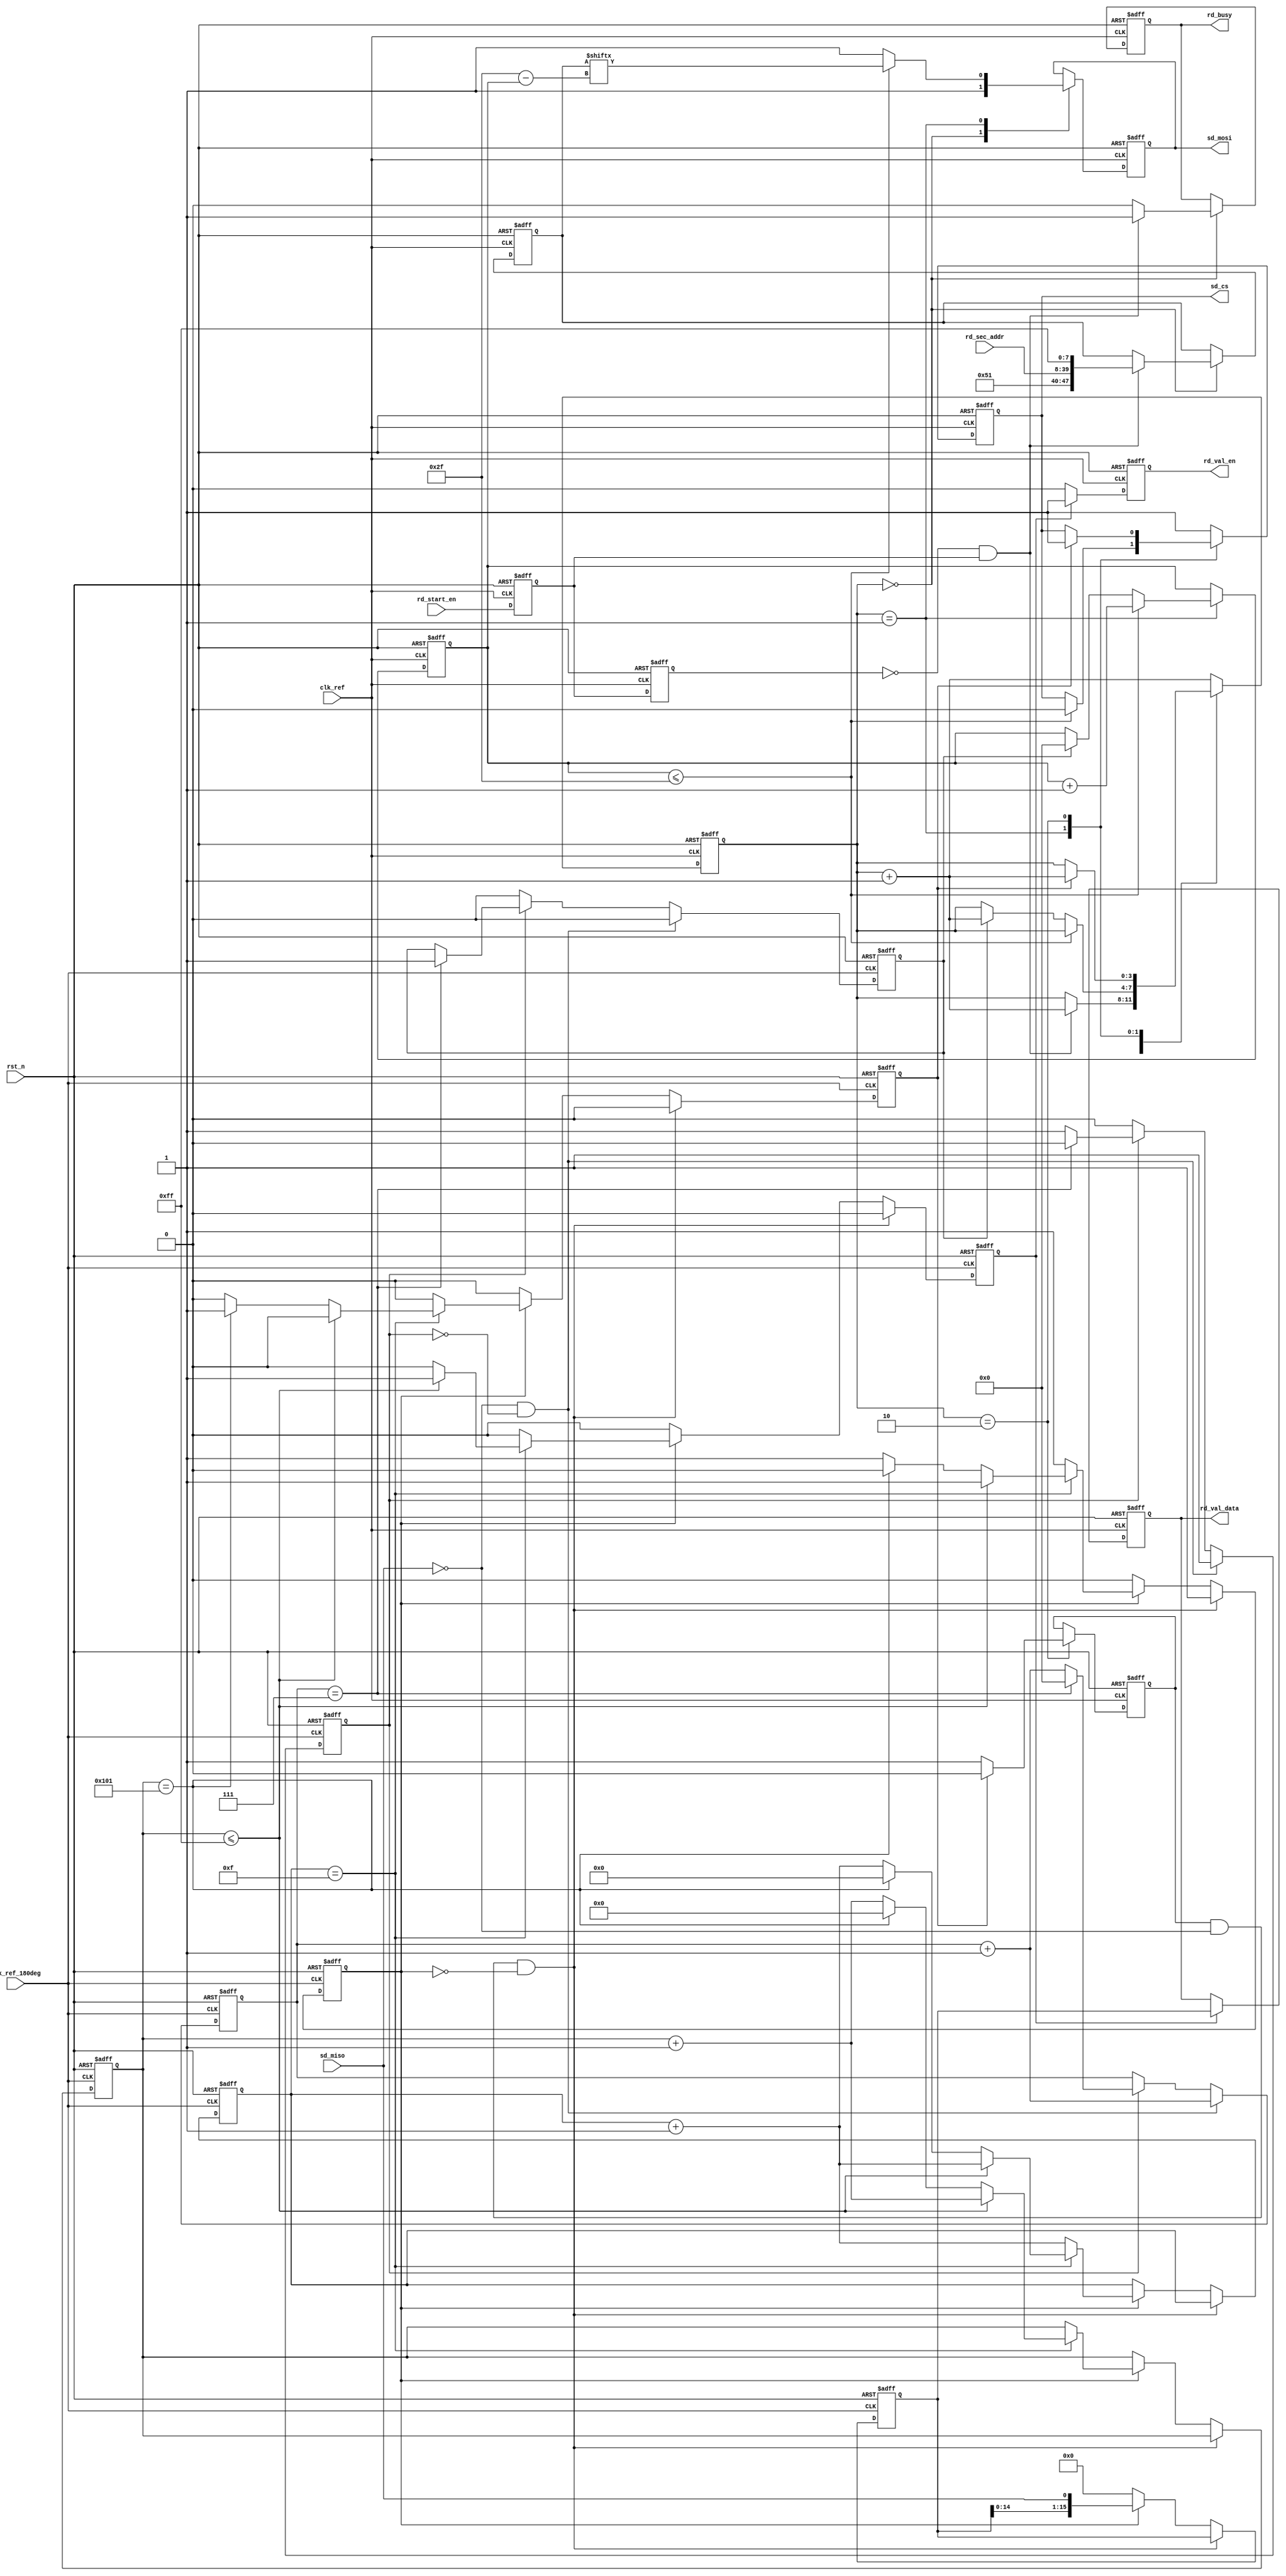
module sd_read(
    input                clk_ref       ,  //
    input                clk_ref_180deg,  //,clk_ref180
    input                rst_n         ,  //,
    //SD
    input                sd_miso       ,  //SDSPI
    output  reg          sd_cs         ,  //SDSPI
    output  reg          sd_mosi       ,  //SDSPI
    //    
    input                rd_start_en   ,  //SD
    input        [31:0]  rd_sec_addr   ,  //                        
    output  reg          rd_busy       ,  //
    output  reg          rd_val_en     ,  //
    output  reg  [15:0]  rd_val_data      //
    );

//reg define
reg            rd_en_d0      ;            //rd_start_en
reg            rd_en_d1      ;                                
reg            res_en        ;            //SD      
reg    [7:0]   res_data      ;            //SD                  
reg            res_flag      ;            //            
reg    [5:0]   res_bit_cnt   ;            //                  
                             
reg            rx_en_t       ;            //SD
reg    [15:0]  rx_data_t     ;            //SD
reg            rx_flag       ;            //
reg    [3:0]   rx_bit_cnt    ;            //
reg    [8:0]   rx_data_cnt   ;            //
reg            rx_finish_en  ;            //
                             
reg    [3:0]   rd_ctrl_cnt   ;            //
reg    [47:0]  cmd_rd        ;            //
reg    [5:0]   cmd_bit_cnt   ;            //
reg            rd_data_flag  ;            //

//wire define
wire           pos_rd_en     ;            //SD

//*****************************************************
//**                    main code
//*****************************************************

assign  pos_rd_en = (~rd_en_d1) & rd_en_d0;

//rd_start_en
always @(posedge clk_ref or negedge rst_n) begin
    if(!rst_n) begin
        rd_en_d0 <= 1'b0;
        rd_en_d1 <= 1'b0;
    end    
    else begin
        rd_en_d0 <= rd_start_en;
        rd_en_d1 <= rd_en_d0;
    end        
end  

//sd
//clk_ref_180deg(sd_clk)
always @(posedge clk_ref_180deg or negedge rst_n) begin
    if(!rst_n) begin
        res_en <= 1'b0;
        res_data <= 8'd0;
        res_flag <= 1'b0;
        res_bit_cnt <= 6'd0;
    end    
    else begin
        //sd_miso = 0 
        if(sd_miso == 1'b0 && res_flag == 1'b0) begin
            res_flag <= 1'b1;
            res_data <= {res_data[6:0],sd_miso};
            res_bit_cnt <= res_bit_cnt + 6'd1;
            res_en <= 1'b0;
        end    
        else if(res_flag) begin
            res_data <= {res_data[6:0],sd_miso};
            res_bit_cnt <= res_bit_cnt + 6'd1;
            if(res_bit_cnt == 6'd7) begin
                res_flag <= 1'b0;
                res_bit_cnt <= 6'd0;
                res_en <= 1'b1; 
            end                
        end  
        else
            res_en <= 1'b0;        
    end
end 

//SD
//clk_ref_180deg(sd_clk)
always @(posedge clk_ref_180deg or negedge rst_n) begin
    if(!rst_n) begin
        rx_en_t <= 1'b0;
        rx_data_t <= 16'd0;
        rx_flag <= 1'b0;
        rx_bit_cnt <= 4'd0;
        rx_data_cnt <= 9'd0;
        rx_finish_en <= 1'b0;
    end    
    else begin
        rx_en_t <= 1'b0; 
        rx_finish_en <= 1'b0;
        //0xfe 8'b1111_11100
        if(rd_data_flag && sd_miso == 1'b0 && rx_flag == 1'b0)    
            rx_flag <= 1'b1;   
        else if(rx_flag) begin
            rx_bit_cnt <= rx_bit_cnt + 4'd1;
            rx_data_t <= {rx_data_t[14:0],sd_miso};
            if(rx_bit_cnt == 4'd15) begin 
                rx_data_cnt <= rx_data_cnt + 9'd1;
                //BLOCK512 = 256 * 16bit 
                if(rx_data_cnt <= 9'd255)                        
                    rx_en_t <= 1'b1;  
                else if(rx_data_cnt == 9'd257) begin   //CRC
                    rx_flag <= 1'b0;
                    rx_finish_en <= 1'b1;              //
                    rx_data_cnt <= 9'd0;               
                    rx_bit_cnt <= 4'd0;
                end    
            end                
        end       
        else
            rx_data_t <= 16'd0;
    end    
end    

//
always @(posedge clk_ref or negedge rst_n) begin
    if(!rst_n) begin
        rd_val_en <= 1'b0;
        rd_val_data <= 16'd0;
    end
    else begin
        if(rx_en_t) begin
            rd_val_en <= 1'b1;
            rd_val_data <= rx_data_t;
        end    
        else
            rd_val_en <= 1'b0;
    end
end              

//
always @(posedge clk_ref or negedge rst_n) begin
    if(!rst_n) begin
        sd_cs <= 1'b1;
        sd_mosi <= 1'b1;        
        rd_ctrl_cnt <= 4'd0;
        cmd_rd <= 48'd0;
        cmd_bit_cnt <= 6'd0;
        rd_busy <= 1'b0;
        rd_data_flag <= 1'b0;
    end   
    else begin
        case(rd_ctrl_cnt)
            4'd0 : begin
                rd_busy <= 1'b0;
                sd_cs <= 1'b1;
                sd_mosi <= 1'b1;
                if(pos_rd_en) begin
                    cmd_rd <= {8'h51,rd_sec_addr,8'hff};    //CMD17
                    rd_ctrl_cnt <= rd_ctrl_cnt + 4'd1;      //1
                    //,
                    rd_busy <= 1'b1;                      
                end    
            end
            4'd1 : begin
                if(cmd_bit_cnt <= 6'd47) begin              //
                    cmd_bit_cnt <= cmd_bit_cnt + 6'd1;
                    sd_cs <= 1'b0;
                    sd_mosi <= cmd_rd[6'd47 - cmd_bit_cnt]; //
                end    
                else begin                                  
                    sd_mosi <= 1'b1;
                    if(res_en) begin                        //SD
                        rd_ctrl_cnt <= rd_ctrl_cnt + 4'd1;  //1 
                        cmd_bit_cnt <= 6'd0;
                    end    
                end    
            end    
            4'd2 : begin
                //rd_data_flag,
                rd_data_flag <= 1'b1;                       
                if(rx_finish_en) begin                      //
                    rd_ctrl_cnt <= rd_ctrl_cnt + 4'd1; 
                    rd_data_flag <= 1'b0;
                    sd_cs <= 1'b1;
                end
            end        
            default : begin
                //,,8
                sd_cs <= 1'b1;   
                rd_ctrl_cnt <= rd_ctrl_cnt + 4'd1;
            end    
        endcase
    end         
end

endmodule